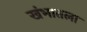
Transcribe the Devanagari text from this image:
खंभातला